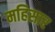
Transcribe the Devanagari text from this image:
महिसार